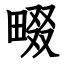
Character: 畷